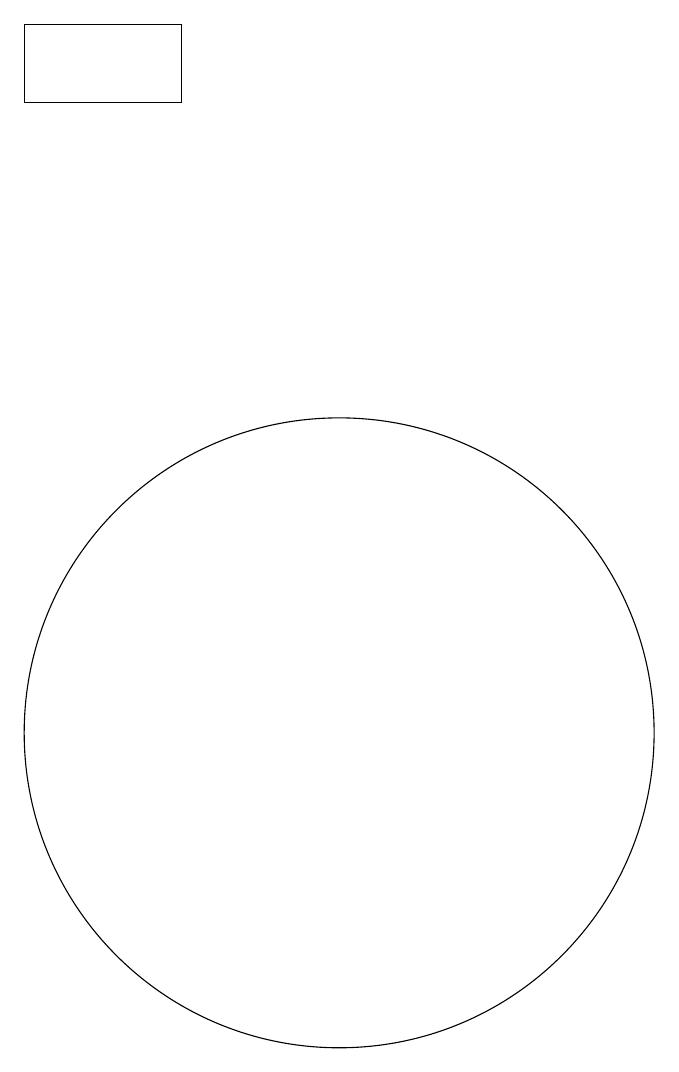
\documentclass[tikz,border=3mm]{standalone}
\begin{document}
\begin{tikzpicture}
\draw (9,19) rectangle (7,18);
\draw (11,10) circle (4);
\draw (10,11) circle (0);
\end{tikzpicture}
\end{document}